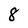
Character: 8